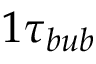
1 \tau _ { b u b }